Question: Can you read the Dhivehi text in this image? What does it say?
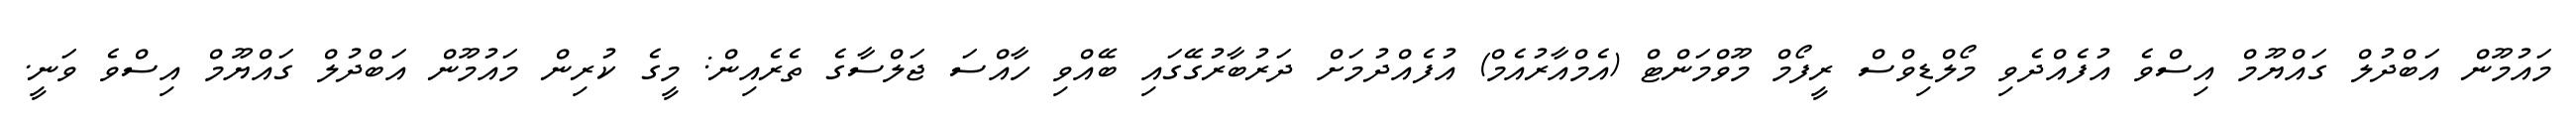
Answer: މައުމޫން އަބްދުލް ގައްޔޫމް އިސްވެ އުފެއްދެވި މޯލްޑިވްސް ރީފޯމް މޫވްމަންޓް (އެމްއާރުއެމް) އުފެއްދުމަށް ދަރުބާރުގޭގައި ބޭއްވި ހާއްސަ ޖަލްސާގެ ތެރެއިން: މީގެ ކުރިން މައުމޫން އަބްދުލް ގައްޔޫމް އިސްވެ ވަނީ.